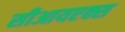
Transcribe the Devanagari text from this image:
सीआयएक्स